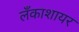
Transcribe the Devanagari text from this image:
लँकाशायर